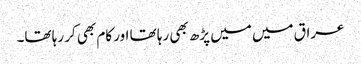
عراق میں میں پڑھ بھی رہا تھا اور کام بھی کر رہا تھا۔